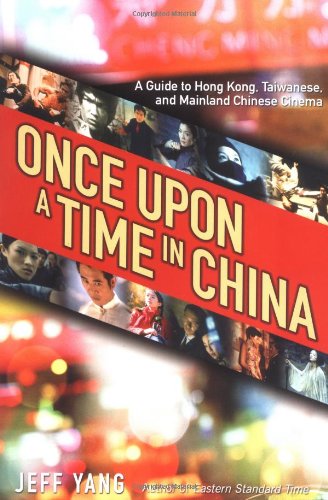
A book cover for Once Upon a Time in China; Jeff Yang; History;